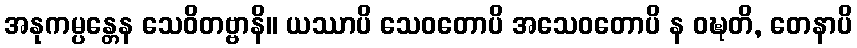
အနုကမ္ပန္တေန သေဝိတဗ္ဗာနိ။ ယဿာပိ သေဝတောပိ အသေဝတောပိ န ဝဍ္ဎတိ, တေနာပိ